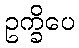
ဥက္ခိပေ